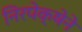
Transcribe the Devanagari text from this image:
निरपेक्षेने